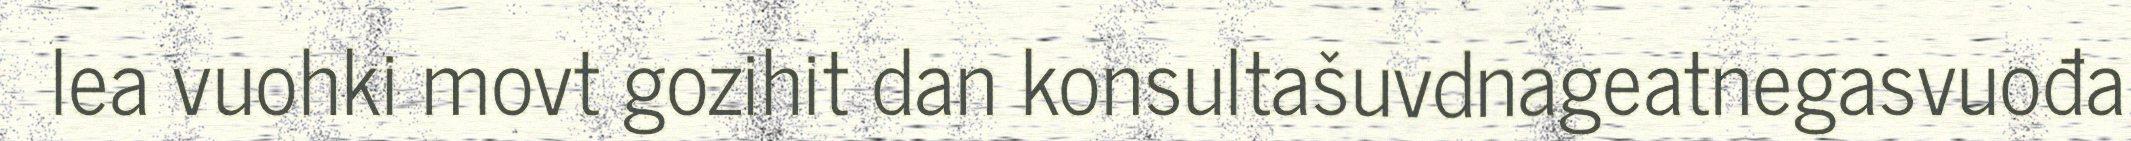
lea vuohki movt gozihit dan konsultašuvdnageatnegasvuođa